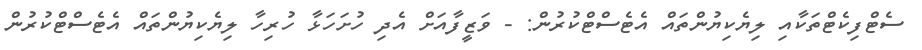
ސެޓްފިކެޓްތަކާއި ލިޔެކިޔުންތައް އެޓެސްޓްކުރުން: - ވަޒީފާއަށް އެދި ހުށަހަޅާ ހުރިހާ ލިޔެކިޔުންތައް އެޓެސްޓްކުރުން